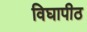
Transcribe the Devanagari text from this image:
विघापीठ